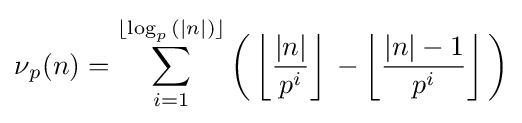
\nu {}_{p}(n)=\sum _{i=1}^{\lfloor {\log _{p}{(|n|)}\rfloor {}}}{{\bigg (}\left\lfloor {\frac {|n|}{p^{i}}}\right\rfloor {}-\left\lfloor {\frac {|n|-1}{p^{i}}}\right\rfloor {}{\bigg )}}